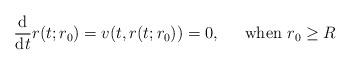
LaTeX: \begin{align*}\displaystyle\frac{\mathrm{d}}{\mathrm{d}t}r(t;r_{0})=v(t,r(t;r_{0}))=0\text{,\ \ \ \ \ when }r_{0}\geq R\end{align*}